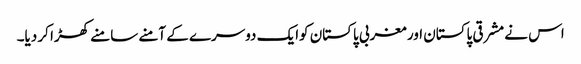
اس نے مشرقی پاکستان اور مغربی پاکستان کوایک دوسرے کے آمنے سامنے کھڑا کر دیا۔